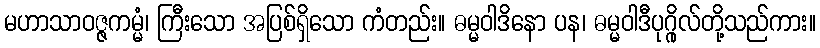
မဟာသာဝဇ္ဇကမ္မံ၊ ကြီးသော အပြစ်ရှိသော ကံတည်း။ ဓမ္မဝါဒိနော ပန၊ ဓမ္မဝါဒီပုဂ္ဂိုလ်တို့သည်ကား။